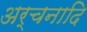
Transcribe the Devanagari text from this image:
अर्चनादि